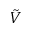
\tilde { V }